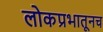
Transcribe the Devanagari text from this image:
लोकप्रभातूनच